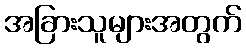
အခြားသူများအတွက်